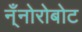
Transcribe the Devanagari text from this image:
न्ँनोरोबोट